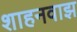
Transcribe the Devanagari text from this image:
शाहनवाझ